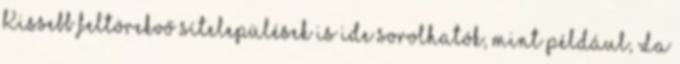
Kissebb feltörekvő sítelepülések is ide sorolhatók, mint például, La